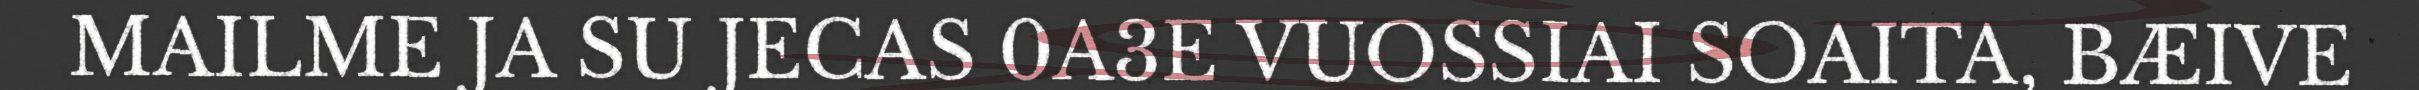
MAILME JA SU JECAS 0A3E VUOSSIAI SOAITA, BÆIVE